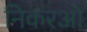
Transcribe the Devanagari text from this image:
निकरओ